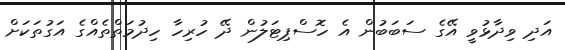
އަދި ވިދާޅުވީ އޭގެ ސަބަބުން އެ ހޮސްޕިޓަލުން ދޭ ހުރިހާ ހިދުމަތްތެއްގެ އަގުތަކަށް